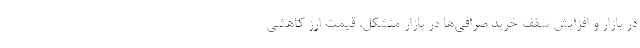
در بازار و افزایش سقف خرید صرافی‌ها در بازار متشکل، قیمت ارز کاهشی